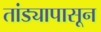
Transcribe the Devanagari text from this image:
तांड्यापासून